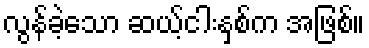
လွန်ခဲ့သော ဆယ့်ငါးနှစ်က အဖြစ်။